Indian journal of veterinary science and animal husbandry - Volume 14,
Year: 1944
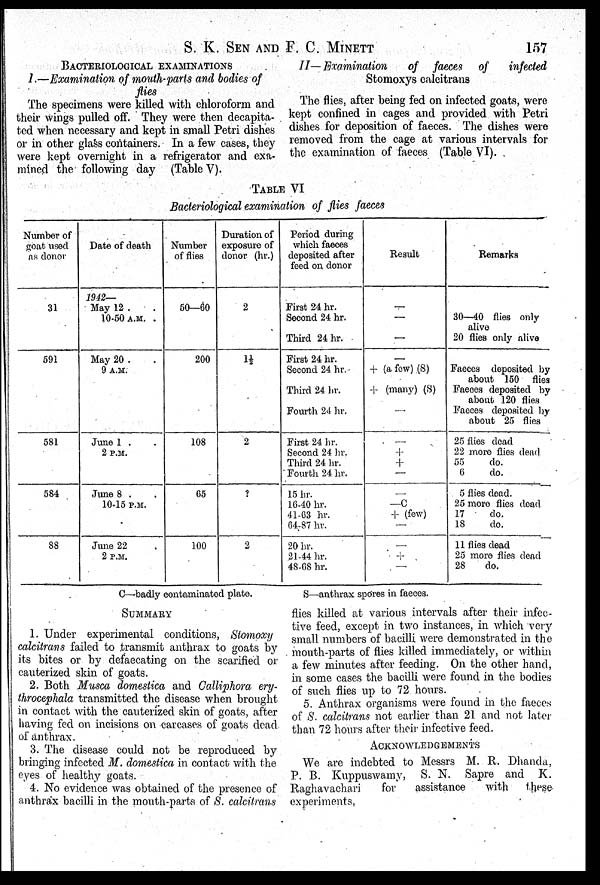
S. K. SEN AND F. C.
MINETT
157
BACTERIOLOGICAL EXAMINATIONS
I.—Examination of mouth-parts and bodies of
flies
The specimens were killed with chloroform and
their wings pulled off. They were then decapita-
ted when necessary and kept in small Petri dishes
or in other glass containers. In a few cases, they
were kept overnight in a refrigerator and exa-
mined the following day (Table V).
II—Examination
of faeces of
infected
Stomoxys calcitrans
The flies, after being fed on infected goats, were
kept confined in cages and provided with Petri
dishes for deposition of faeces. The dishes were
removed from the cage at various intervals for
the examination of faeces (Table VI).
TABLE VI
Bacteriological examination of flies faeces
Number of
goat used
as donor
31
591
581
584
88
Date of death
1942—
May 12 . .
10-50 A.M. .
May 20 . .
9 A.M.
June 1 . .
2 P.M.
June 8 . .
10-15 P.M.
June 22 . .
2 P.M.
Number
of flies
50—60
200
108
65
100
Duration of
exposure of
donor (hr.)
2
1½
2
?
2
Period during
which faeces
deposited after
feed on donor
First 24 hr.
Second 24 hr.
Third 24 hr.
First 24 hr.
Second 24 hr.
Third 24 hr.
Fourth 24 hr.
First 24 hr.
Second 24 hr.
Third 24 hr.
Fourth 24 hr.
15 hr.
16-40 hr.
41-63 hr.
64-87 hr.
20 hr.
21-44 hr.
48-68 hr.
Result
—
—
—
—
+ (a few) (S)
+ (many) (S)
—
—
+
+
—
—
—C
+ (few)
—
—
+
—
Remarks
30—40 flies only
alive
20 flies only alive
Faeces deposited by
about 150 flies
Faeces deposited by
about 120 flies
Faeces deposited by
about 25 flies
25 flies dead
22 more flies dead
55
do.
6
do.
5 flies dead.
25 more flies dead
17
do.
18
do.
11 flies dead
25 more flies dead
28
do.
C—badly contaminated plate.
S—anthrax spores in faeces.
SUMMARY
1. Under experimental conditions, Stomoxy
calcitrans failed to transmit anthrax to goats by
its bites or by defaecating on the scarified or
cauterized skin of goats.
2. Both Musca domestica and Calliphora ery-
throcephala transmitted the disease when brought
in contact with the cauterized skin of goats, after
having fed on incisions on carcases of goats dead
of anthrax.
3. The disease could not be reproduced by
bringing infected M. domestica in contact with the
eyes of healthy goats.
4. No evidence was obtained of the presence of
anthrax bacilli in the mouth-parts of S. calcitrans
flies killed at various intervals after their infec-
tive feed, except in two instances, in which very
small numbers of bacilli were demonstrated in the
mouth-parts of flies killed immediately, or within
a few minutes after feeding. On the other hand,
in some cases the bacilli were found in the bodies
of such flies up to 72 hours.
5. Anthrax organisms were found in the faeces
of S. calcitrans not earlier than 21 and not later
than 72 hours after their infective feed.
ACKNOWLEDGEMENTS
We are indebted to Messrs M. R. Dhanda,
P. B. Kuppuswamy, S. N. Sapre and K.
Raghavachari
for
assistance
with
these
experiments.